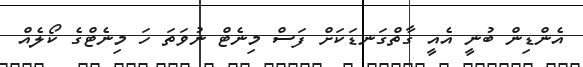
އެންޑިން ބުނީ އެއީ ގާތްގަނޑަކަށް ފަސް މިނެޓް ނުވަތަ ހަ މިނެޓްގެ ކޯލެއް